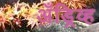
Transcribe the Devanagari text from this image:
अँड्रिव्ह